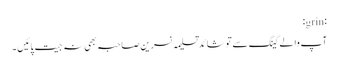
:grin:
آپ والے گینگ سے تو شائد تسلیمہ نسرین صاحبہ بھی نہ جیت پائیں ۔